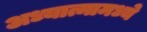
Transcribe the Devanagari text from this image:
अध्यात्मामध्ये